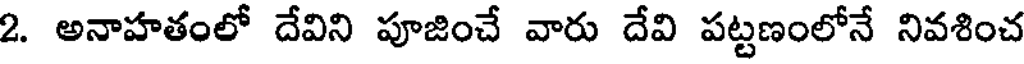
2. అనాహతంలో దేవిని పూజించే వారు దేవి పట్టణంలోనే నివశించ